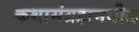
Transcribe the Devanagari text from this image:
कथासंग्रहामधील